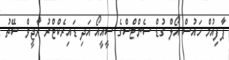
ޕާފިއުމް ހައުސް އޯލް ގުޑް ސެންޓްސްގެ ސީއީއޯ އަދި ޑައިރެކްޓްރު ރާޖީވް ޝޭތު